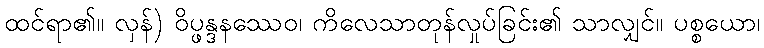
ထင်ရာ၏။ လှန်) ဝိပ္ဖန္ဒနဿေဝ၊ ကိလေသာတုန်လှုပ်ခြင်း၏ သာလျှင်။ ပစ္စယော၊